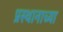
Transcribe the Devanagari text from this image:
प्रस्थानाच्या